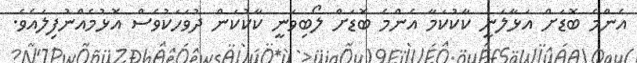
އެންމެ ބޮޑަށް އަޅާލަނީ ކާކުކަމާ އެންމެ ބޮޑަށް ލޯބިވަނީ ކާކުކަން ދުވަހަކުވެސް އޮޅުމެއްނުފިލައެވެ.